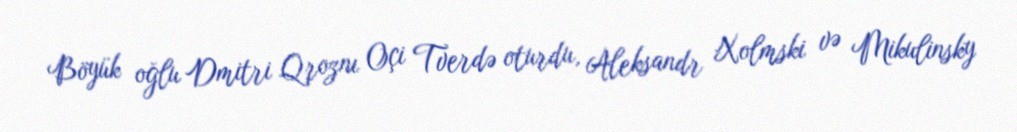
Böyük oğlu Dmitri Qroznı Oçi Tverdə oturdu, Aleksandr Xolmski və Mikulinsky